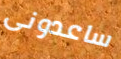
ساعدونى